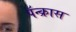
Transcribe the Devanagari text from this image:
पॅन्क्रास